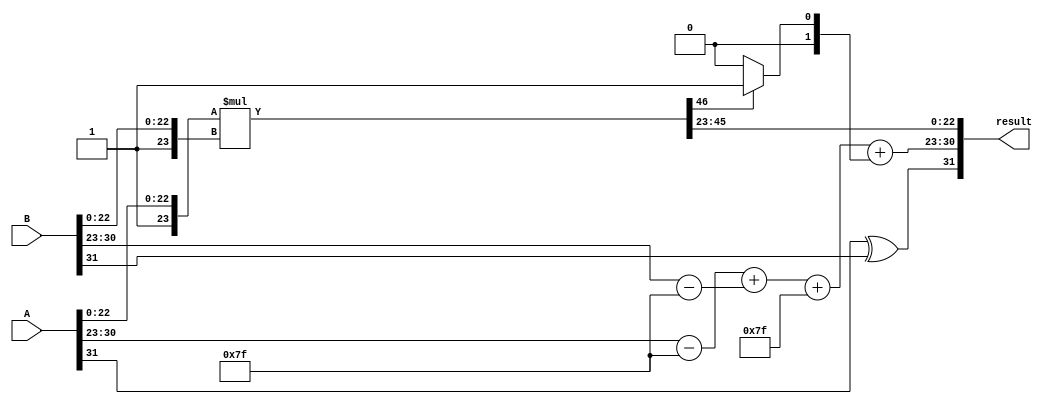
module FloatingPointWallaceTreeMultiplier(
    input [31:0] A, // Input floating-point number A
    input [31:0] B, // Input floating-point number B
    output reg [31:0] result // Output floating-point number
);

    // Define constants for exponent bias and size
    localparam EXP_BIAS = 127;
    localparam EXP_SIZE = 8;
    localparam MANT_SIZE = 23;

    // Internal signals for sign, exponent, and mantissa
    wire signA = A[31];
    wire signB = B[31];
    wire [EXP_SIZE-1:0] expA = A[30:23];
    wire [EXP_SIZE-1:0] expB = B[30:23];
    wire [MANT_SIZE-1:0] mantA = A[22:0];
    wire [MANT_SIZE-1:0] mantB = B[22:0];

    // Extract and normalize the exponents
    wire signed [EXP_SIZE:0] expA_normalized = {1'b0, expA} - EXP_BIAS;
    wire signed [EXP_SIZE:0] expB_normalized = {1'b0, expB} - EXP_BIAS;
    wire signed [EXP_SIZE:0] exp_result = expA_normalized + expB_normalized + EXP_BIAS;

    // Append implicit leading one for normalized mantissa
    wire [MANT_SIZE:0] mantA_full = {1'b1, mantA}; // Implicit leading one
    wire [MANT_SIZE:0] mantB_full = {1'b1, mantB}; // Implicit leading one

    // Multiply mantissas using simple multiplicative approach; replace with Wallace Tree
    wire [MANT_SIZE*2:0] mant_product = mantA_full * mantB_full;

    // Normalize product and adjust exponent
    wire [MANT_SIZE:0] normalized_mantissa = mant_product[MANT_SIZE*2 - 1:MANT_SIZE]; // Adjust based on product size
    wire [EXP_SIZE:0] final_exponent = exp_result + (mant_product[MANT_SIZE*2] ? 1 : 0); // Adjust based on leading bit

    // Calculate final sign bit
    wire final_sign = signA ^ signB;

    // Combine results into IEEE 754 format
    always @(*) begin
        result[31] = final_sign;
        result[30:23] = final_exponent[EXP_SIZE-1:0]; // Only lower 8 bits
        result[22:0] = normalized_mantissa[MANT_SIZE-1:0]; // Lower 23 bits
    end

endmodule